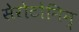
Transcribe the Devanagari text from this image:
सेरोटोनिन्